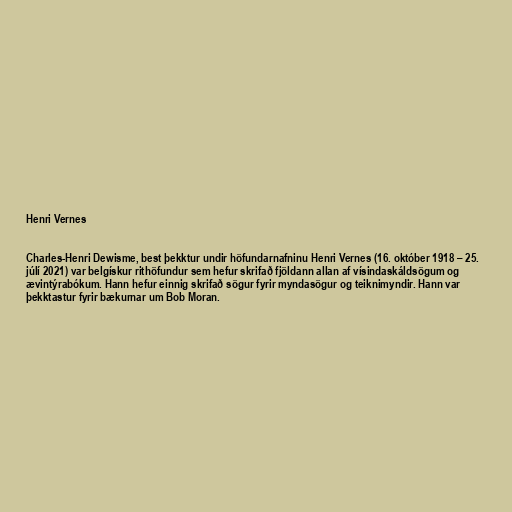
Henri Vernes

Charles-Henri Dewisme, best þekktur undir höfundarnafninu Henri Vernes (16. október 1918 – 25.
júlí 2021) var belgískur rithöfundur sem hefur skrifað fjöldann allan af vísindaskáldsögum og
ævintýrabókum. Hann hefur einnig skrifað sögur fyrir myndasögur og teiknimyndir. Hann var
þekktastur fyrir bækurnar um Bob Moran.